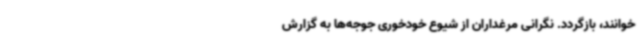
خوانند، بازگردد. نگرانی مرغداران از شیوع خودخوری جوجه‌ها به گزارش